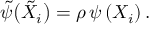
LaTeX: { \tilde { \psi } } \big ( { \tilde { X } } _ { i } \big ) = \rho \, \psi \left( X _ { i } \right) .